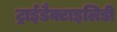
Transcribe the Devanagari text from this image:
ट्राईडैक्टाइलिडी